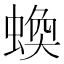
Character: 𧎑